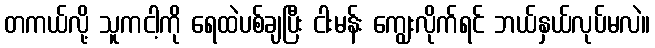
တကယ်လို့ သူကငါ့ကို ရေထဲပစ်ချပြီး ငါးမန်း ကျွေးလိုက်ရင် ဘယ်နှယ်လုပ်မလဲ။